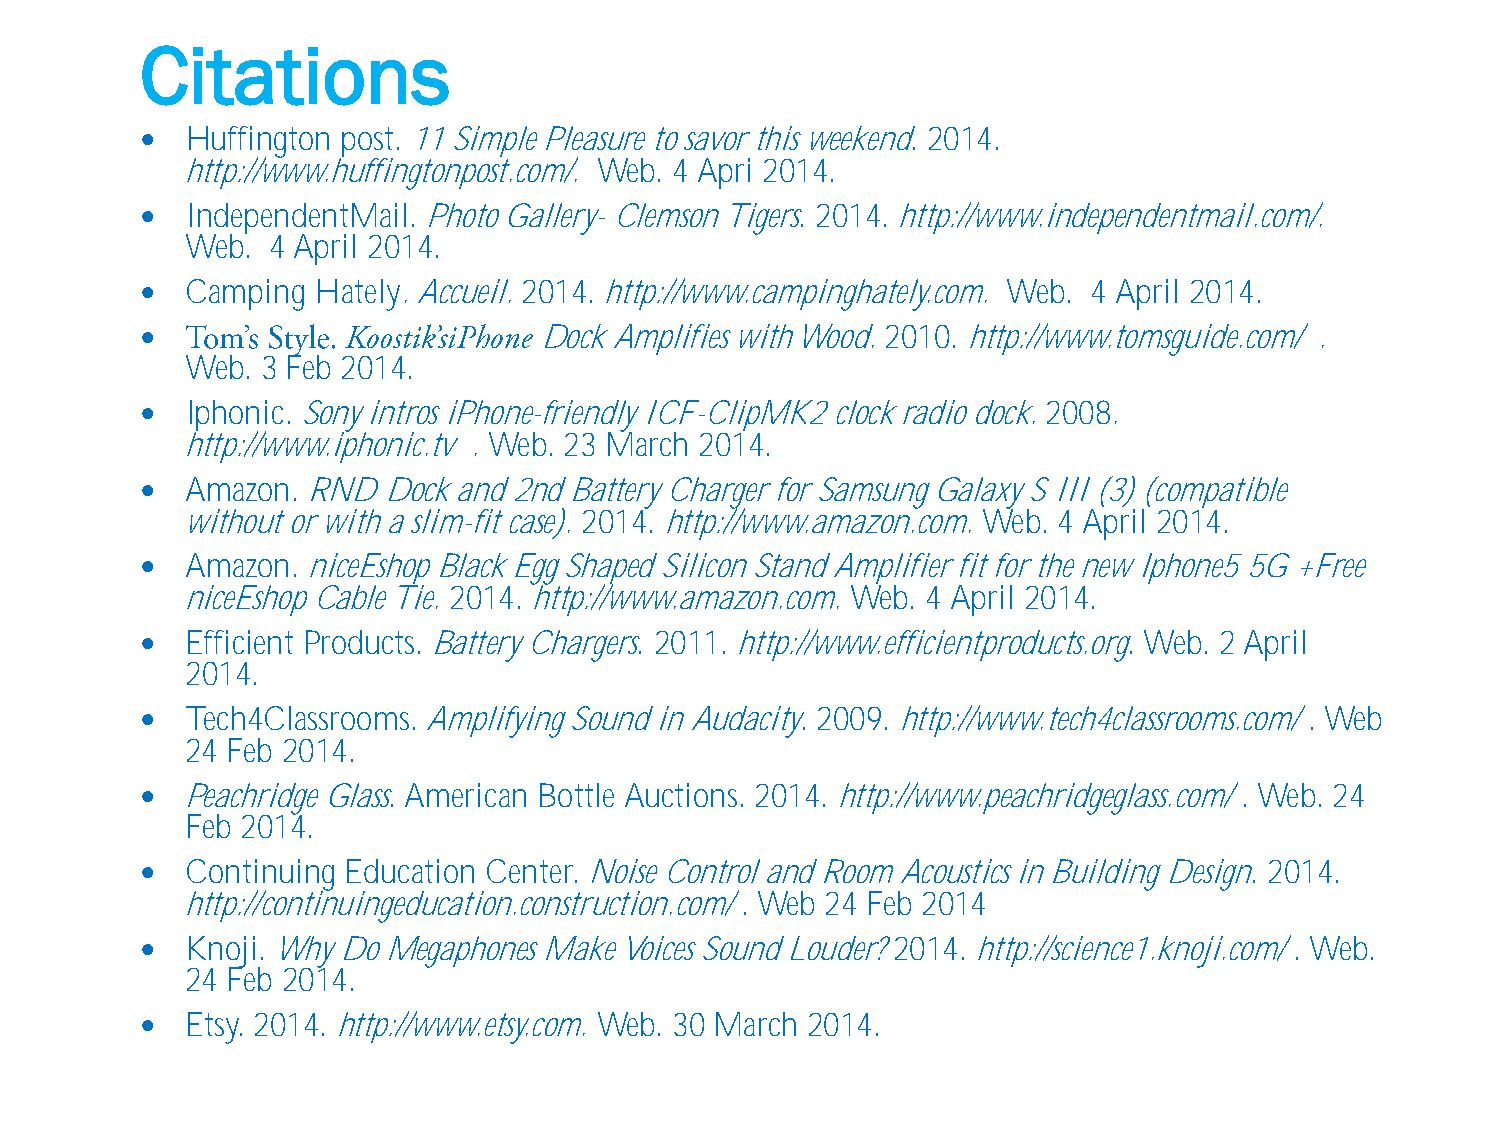
Citations
   Huffington post. 11 Simple Pleasure to savor this weekend. 2014.
 http://www.huffingtonpost.com/. Web. 4 Apri 2014.
   IndependentMail. Photo Gallery- Clemson Tigers. 2014. http://www.independentmail.com/.
 Web.  4 April 2014.
   Camping  Hately. Accueil. 2014. http://www.campinghately.com. Web. 4 April 2014.
                           Dock Amplifies with Wood. 2010. http://www.tomsguide.com/ .
 Web. 3 Feb 2014.
   Iphonic. Sony intros iPhone-friendly ICF-ClipMK2 clock radio dock. 2008.
 http://www.iphonic.tv . Web. 23 March 2014.
   Amazon. RND  Dock and 2nd Battery Charger for Samsung Galaxy S III (3) (compatible
 without or with a slim-fit case). 2014. http://www.amazon.com. Web. 4 April 2014.
   Amazon. niceEshop Black Egg Shaped Silicon Stand Amplifier fit for the new Iphone5 5G +Free
 niceEshop Cable Tie. 2014. http://www.amazon.com. Web. 4 April 2014.
   Efficient Products. Battery Chargers. 2011. http://www.efficientproducts.org. Web. 2 April
 2014.
   Tech4Classrooms. Amplifying Sound in Audacity. 2009. http://www.tech4classrooms.com/ . Web
 24 Feb 2014.
   Peachridge Glass. American Bottle Auctions. 2014. http://www.peachridgeglass.com/ . Web. 24
 Feb 2014.
   Continuing Education Center. Noise Control and Room Acoustics in Building Design. 2014.
 http://continuingeducation.construction.com/ . Web 24 Feb 2014
   Knoji. Why Do Megaphones Make Voices Sound Louder? 2014. http://science1.knoji.com/ . Web.
 24 Feb 2014.
   Etsy. 2014. http://www.etsy.com. Web. 30 March 2014.